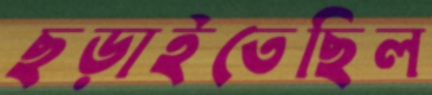
ছড়াইতেছিল